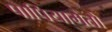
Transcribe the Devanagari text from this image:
पापियामेंतो